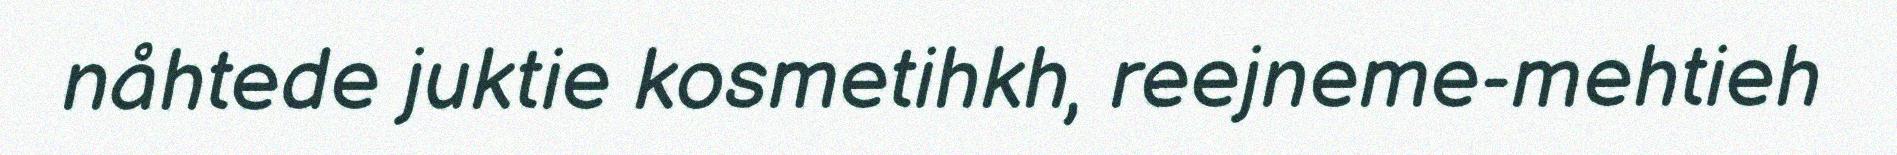
nåhtede juktie kosmetihkh, reejneme-mehtieh